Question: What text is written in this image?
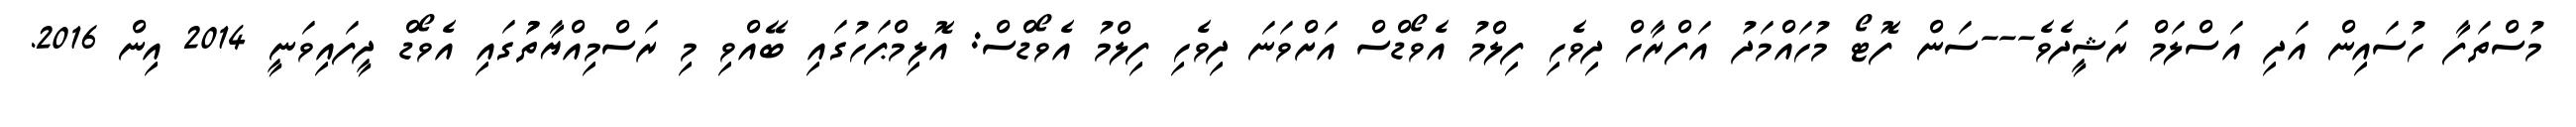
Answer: މުސްތަފާ ހުސައިން އަދި އަސްލަމް ރަޝީދެވެ---ސަން ފޮޓޯ މުހައްމަދު އަފްރާހް ދިވެހި ފިލްމު އެވޯޑްސް އަށްވަނަ ދިވެހި ފިލްމު އެވޯޑްސް: އޮލިމްޕަހުގައި ބޭއްވި މި ރަސްމިއްޔާތުުގައި އެވޯޑް ދީފައިވަނީ 2014 އިން 2016.